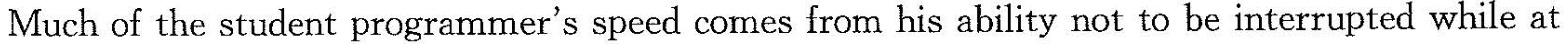
Much of the student programmer's speed comes from his ability not to be interrupted while at